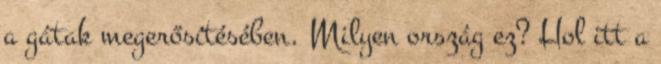
a gátak megerősítésében. Milyen ország ez? Hol itt a